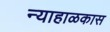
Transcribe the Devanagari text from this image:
न्याहाळकास